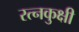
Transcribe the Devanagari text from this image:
रत्नकुक्षी